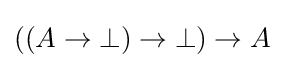
((A\to \bot )\to \bot )\to A